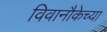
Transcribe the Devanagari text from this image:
विवानौकेच्या